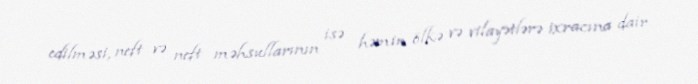
edilməsi, neft və neft məhsullarının isə həmin ölkə və vilayətlərə ixracına dair